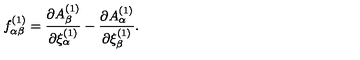
f _ { \alpha \beta } ^ { ( 1 ) } = { \frac { \partial A _ { \beta } ^ { ( 1 ) } } { \partial \xi _ { \alpha } ^ { ( 1 ) } } } - { \frac { \partial A _ { \alpha } ^ { ( 1 ) } } { \partial \xi _ { \beta } ^ { ( 1 ) } } } .